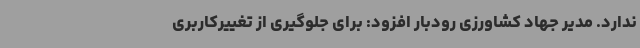
ندارد. مدیر جهاد کشاورزی رودبار افزود: برای جلوگیری از تغییرکاربری